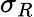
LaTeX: \sigma_{R}